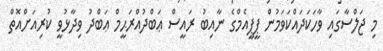
މި ޖަލްސާގައި ވާހަކަދައްކަވަމުން ޕީޕީއެމްގެ ނާއިބު ރައީސް ޢަބްދުއްރަޙީމް ޢަބްދު ވިދާޅުވީ ކުރިއަށްއޮތް